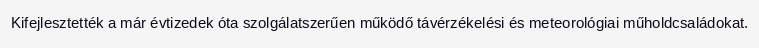
Kifejlesztették a már évtizedek óta szolgálatszerűen működő távérzékelési és meteorológiai műholdcsaládokat.